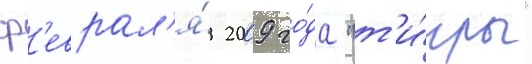
ф'еврал'я́ 2009 го́да "т'и́гры"